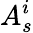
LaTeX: A_{s}^{i}